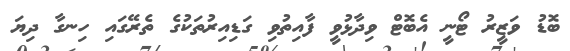
ބޮޑު ވަޒީރު ޓޯނީ އެބޮޓް ވިދާޅުވީ ފާއިތުވި ގަޑިއިރުތަކުގެ ތެރޭގައި ހިނގާ ދިޔަ